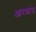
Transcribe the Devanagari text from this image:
आरशांत